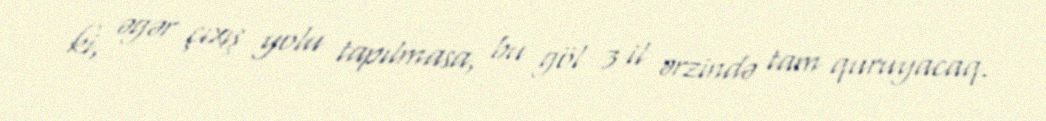
ki, əgər çıxış yolu tapılmasa, bu göl 3 il ərzində tam quruyacaq.